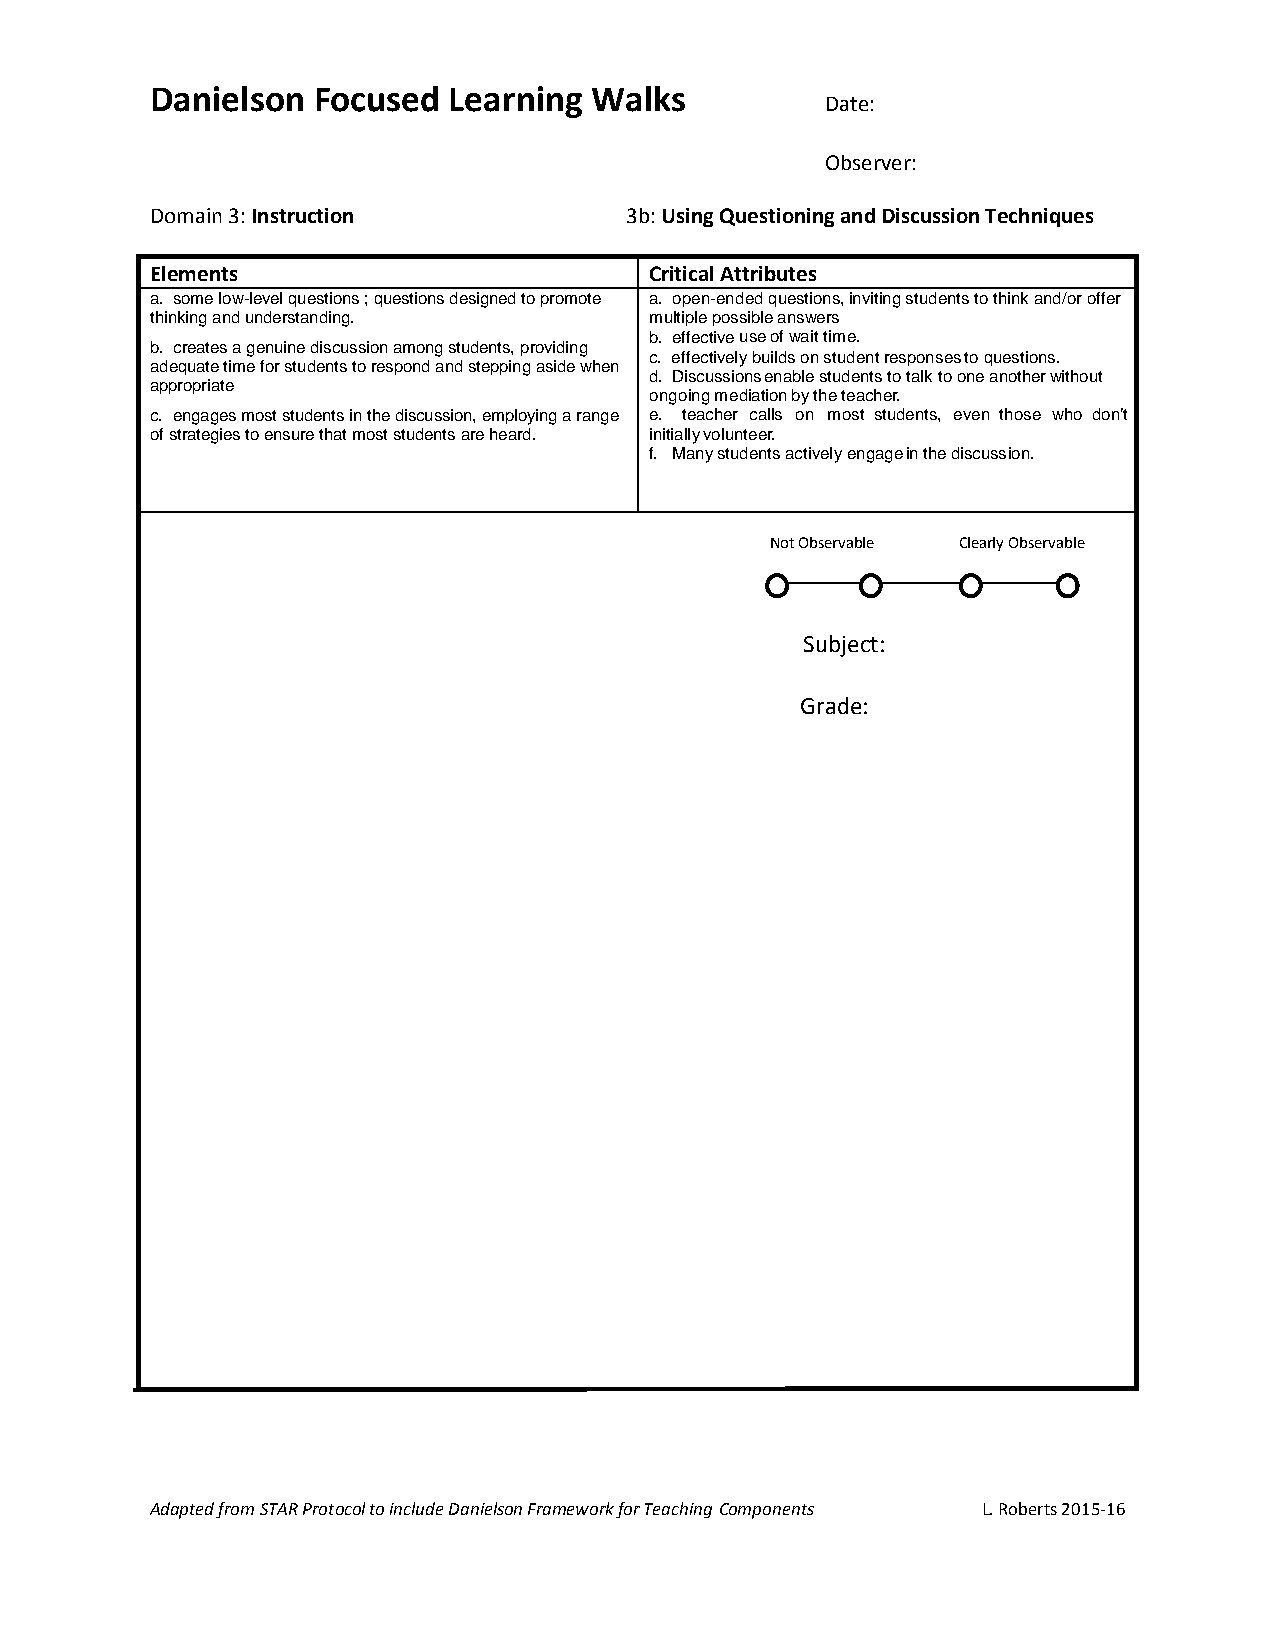
Danielson  Focused  Learning Walks
 Date:
 Observer:
 Domain 3: Instruction          3b: Using Questioning and Discussion Techniques
 Elements                         Critical Attributes
 a. some low-level questions ; questions designed to promote a. open-ended questions, inviting students to think and/or offer
 thinking and understanding.      multiple possible answers
 b. effective use of wait time.
 b. creates a genuine discussion among students, providing
 c. effectively builds on student responses to questions.
 adequate time for students to respond and stepping aside when
 d. Discussions enable students to talk to one another without
 appropriate
 ongoing mediation by the teacher.
 c. engages most students in the discussion, employing a range e. teacher calls on most students, even those who don’t
 of strategies to ensure that most students are heard. initially volunteer.
 f. Many students actively engage in the discussion.
 Not Observable Clearly Observable
 Subject:
 Grade:
 Adapted from STAR Protocol to include Danielson Framework for Teaching Components L. Roberts 2015-16